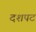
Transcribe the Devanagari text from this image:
दशपट